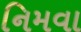
નિમવા